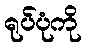
ရုပ်ပုံကို